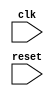
module PCIe_controller (
  input wire clk, // input clock signal
  input wire reset, // input reset signal
  // Add necessary input/output ports as per design requirements
  
  // Module instances for clock domain crossing logic, FIFO buffers, timing generators, state machines, etc.
  // Instantiate modules such as clock_domain_crossing_logic, FIFO_buffer, timing_generator, state_machine
  
  // Add signals for data transfer and synchronization
  
  // Implement logic for synchronization of data transfer between different clock domains
  // Implement FIFO buffers for data storage and retrieval
  // Implement timing generators for synchronization
  // Implement state machines for data transfer control
  
  // Implement protocols for communication between devices
  // Handle arbitration, error detection, and recovery mechanisms
  
  // Add any additional logic as required
  
  // Add output ports for communication with other modules in the PCI Express system
  // Add necessary status signals for error detection and recovery
  
);
  // Implement code for Timing control and synchronization blocks
  
endmodule